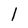
Character: I